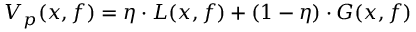
V _ { p } ( x , f ) = \eta \cdot L ( x , f ) + ( 1 - \eta ) \cdot G ( x , f )